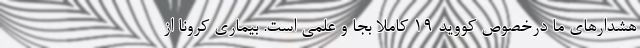
هشدارهای ما درخصوص کووید ۱۹ کاملا بجا و علمی است. بیماری کرونا از